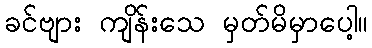
ခင်ဗျား ကျိန်းသေ မှတ်မိမှာပေါ့။